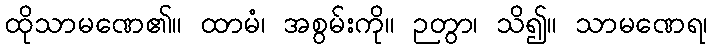
ထိုသာမဏေ၏။ ထာမံ၊ အစွမ်းကို။ ဉတွာ၊ သိ၍။ သာမဏေရ၊